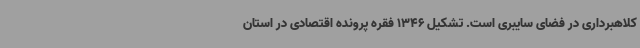
کلاهبرداری در فضای سایبری است. تشکیل 1346 فقره پرونده اقتصادی در استان